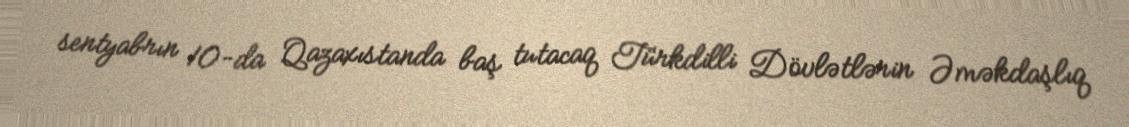
sentyabrın 10-da Qazaxıstanda baş tutacaq Türkdilli Dövlətlərin Əməkdaşlıq